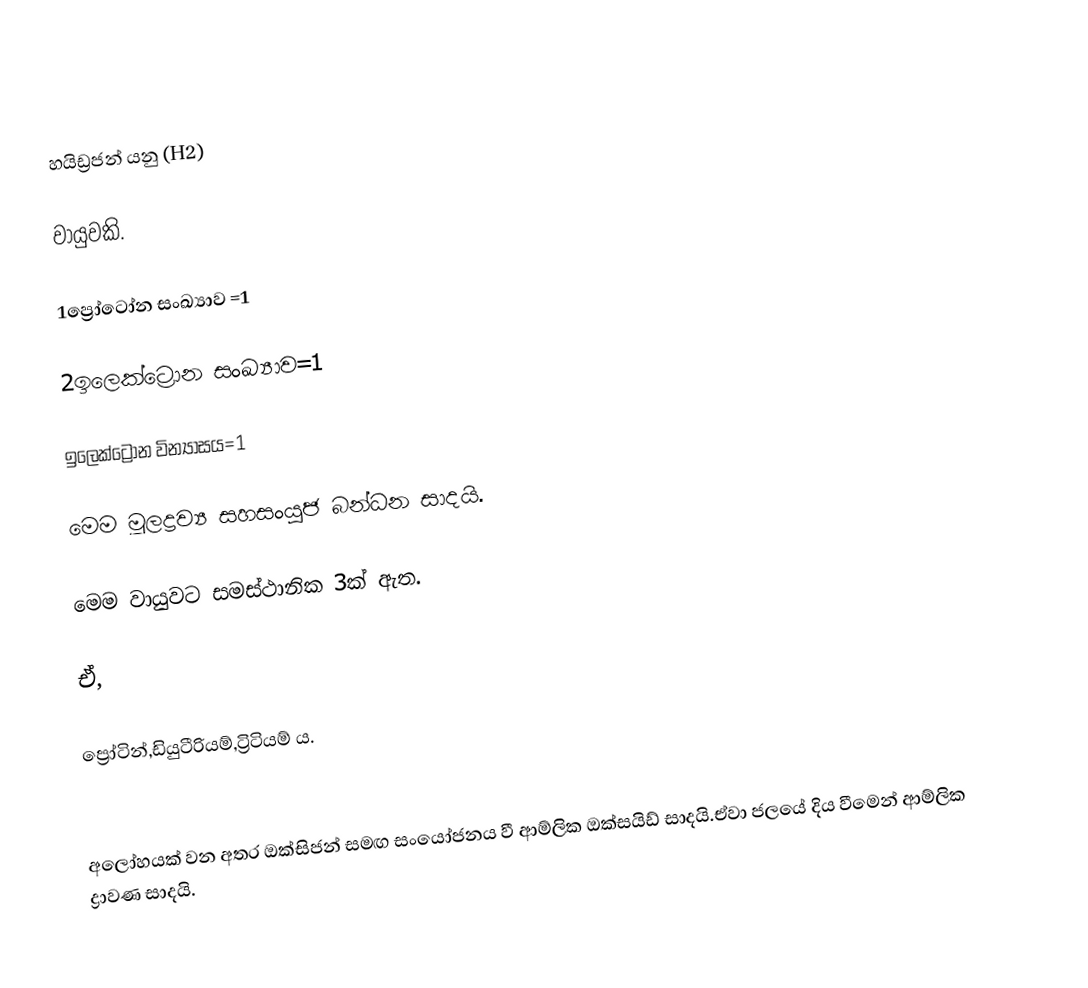
හයිඩ්‍රජන් යනු (H2)

වායුවකි.

1ප්‍රෝටෝන සංඛ්‍යාව =1

2ඉලෙක්ට්‍රොන සංඛ්‍යාව=1

ඉලෙක්ට්‍රෝන වින්‍යාසය=1

මෙම මූලද්‍රව්‍ය සහසංයුජ බන්ධන සාදයි.

මෙම වායුවට සමස්ථානික 3ක් ඇත.

ඒ,

ප්‍රෝටින්,ඩියුටීරියම්,ට්‍රිටියම් ය.

අලෝහයක් වන අතර ඔක්සිජන් සමඟ සංයෝජනය වී  ආම්ලික ඔක්සයිඩ් සාදයි.ඒවා ජලයේ දිය වීමෙන් ආම්ලික ද්‍රාවණ සාදයි.